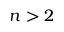
n > 2